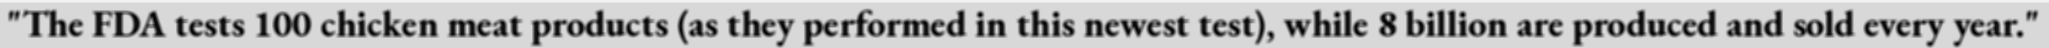
"The FDA tests 100 chicken meat products (as they performed in this newest test), while 8 billion are produced and sold every year."